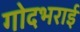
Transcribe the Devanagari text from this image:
गोदभराई